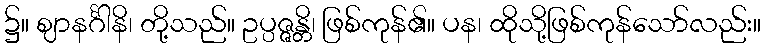
၌။ ဈာနင်္ဂါနိ၊ တို့သည်။ ဥပ္ပဇ္ဇန္တိ၊ ဖြစ်ကုန်၏။ ပန၊ ထိုသို့ဖြစ်ကုန်သော်လည်း။